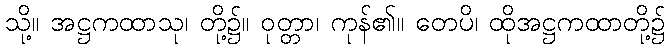
သို့။ အဋ္ဌကထာသု၊ တို့၌။ ဝုတ္တာ၊ ကုန်၏။ တေပိ၊ ထိုအဋ္ဌကထာတို့၌